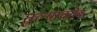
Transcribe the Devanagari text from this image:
तुल्याकोव